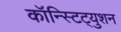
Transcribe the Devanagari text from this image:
कॉन्स्टिट्युशन